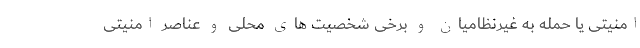
امنیتی یا حمله به غیرنظامیان و برخی شخصیت های محلی و عناصر امنیتی